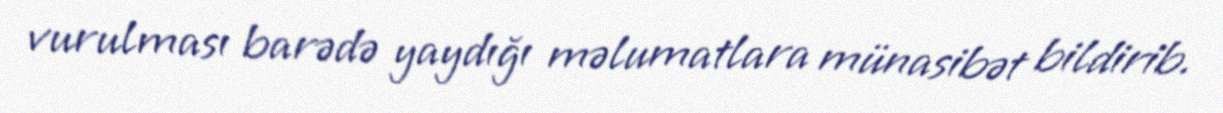
vurulması barədə yaydığı məlumatlara münasibət bildirib.